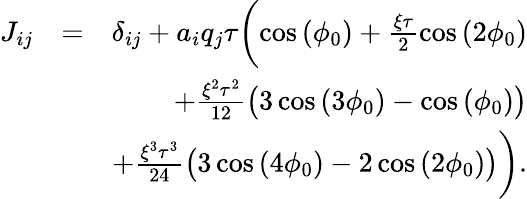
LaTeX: \begin{array}{rlr}{J_{ij}}&{=}&{\delta_{ij}+a_{i}q_{j}\tau\biggl(\cos{(\phi_{0})}+\frac{\xi\tau}{2}\cos{(2\phi_{0})}}\\ &{}&{+\frac{\xi^{2}\tau^{2}}{12}\bigl(3\cos{(3\phi_{0})}-\cos{(\phi_{0})}\bigl)}\\ &{}&{+\frac{\xi^{3}\tau^{3}}{24}\bigl(3\cos{(4\phi_{0})}-2\cos{(2\phi_{0})}\bigl)\biggl).}\end{array}